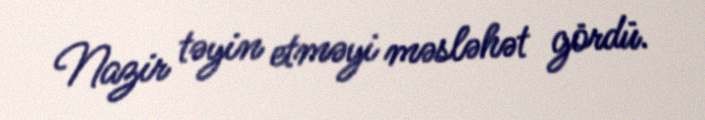
Nazir təyin etməyi məsləhət gördü.